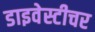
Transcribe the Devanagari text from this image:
डाइवेस्टीचर